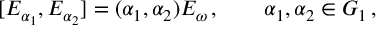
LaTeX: [ E _ { \alpha _ { 1 } } , E _ { \alpha _ { 2 } } ] = ( \alpha _ { 1 } , \alpha _ { 2 } ) E _ { \omega } \, , \qquad \alpha _ { 1 } , \alpha _ { 2 } \in G _ { 1 } \, ,